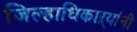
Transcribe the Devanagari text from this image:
जिल्हाधिकाऱ्यांनी